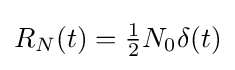
R_{N}(t)={\tfrac {1}{2}}N_{0}\delta (t)